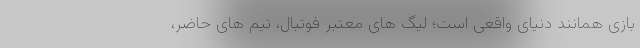
بازی همانند دنیای واقعی است؛ لیگ های معتبر فوتبال، تیم های حاضر،